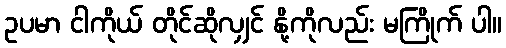
ဥပမာ ငါကိုယ် တိုင်ဆိုလျှင် နို့ကိုလည်း မကြိုက် ပါ။